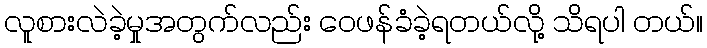
လူစားလဲခဲ့မှုအတွက်လည်း ဝေဖန်ခံခဲ့ရတယ်လို့ သိရပါ တယ်။